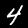
Digit: 4